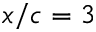
x / c = 3